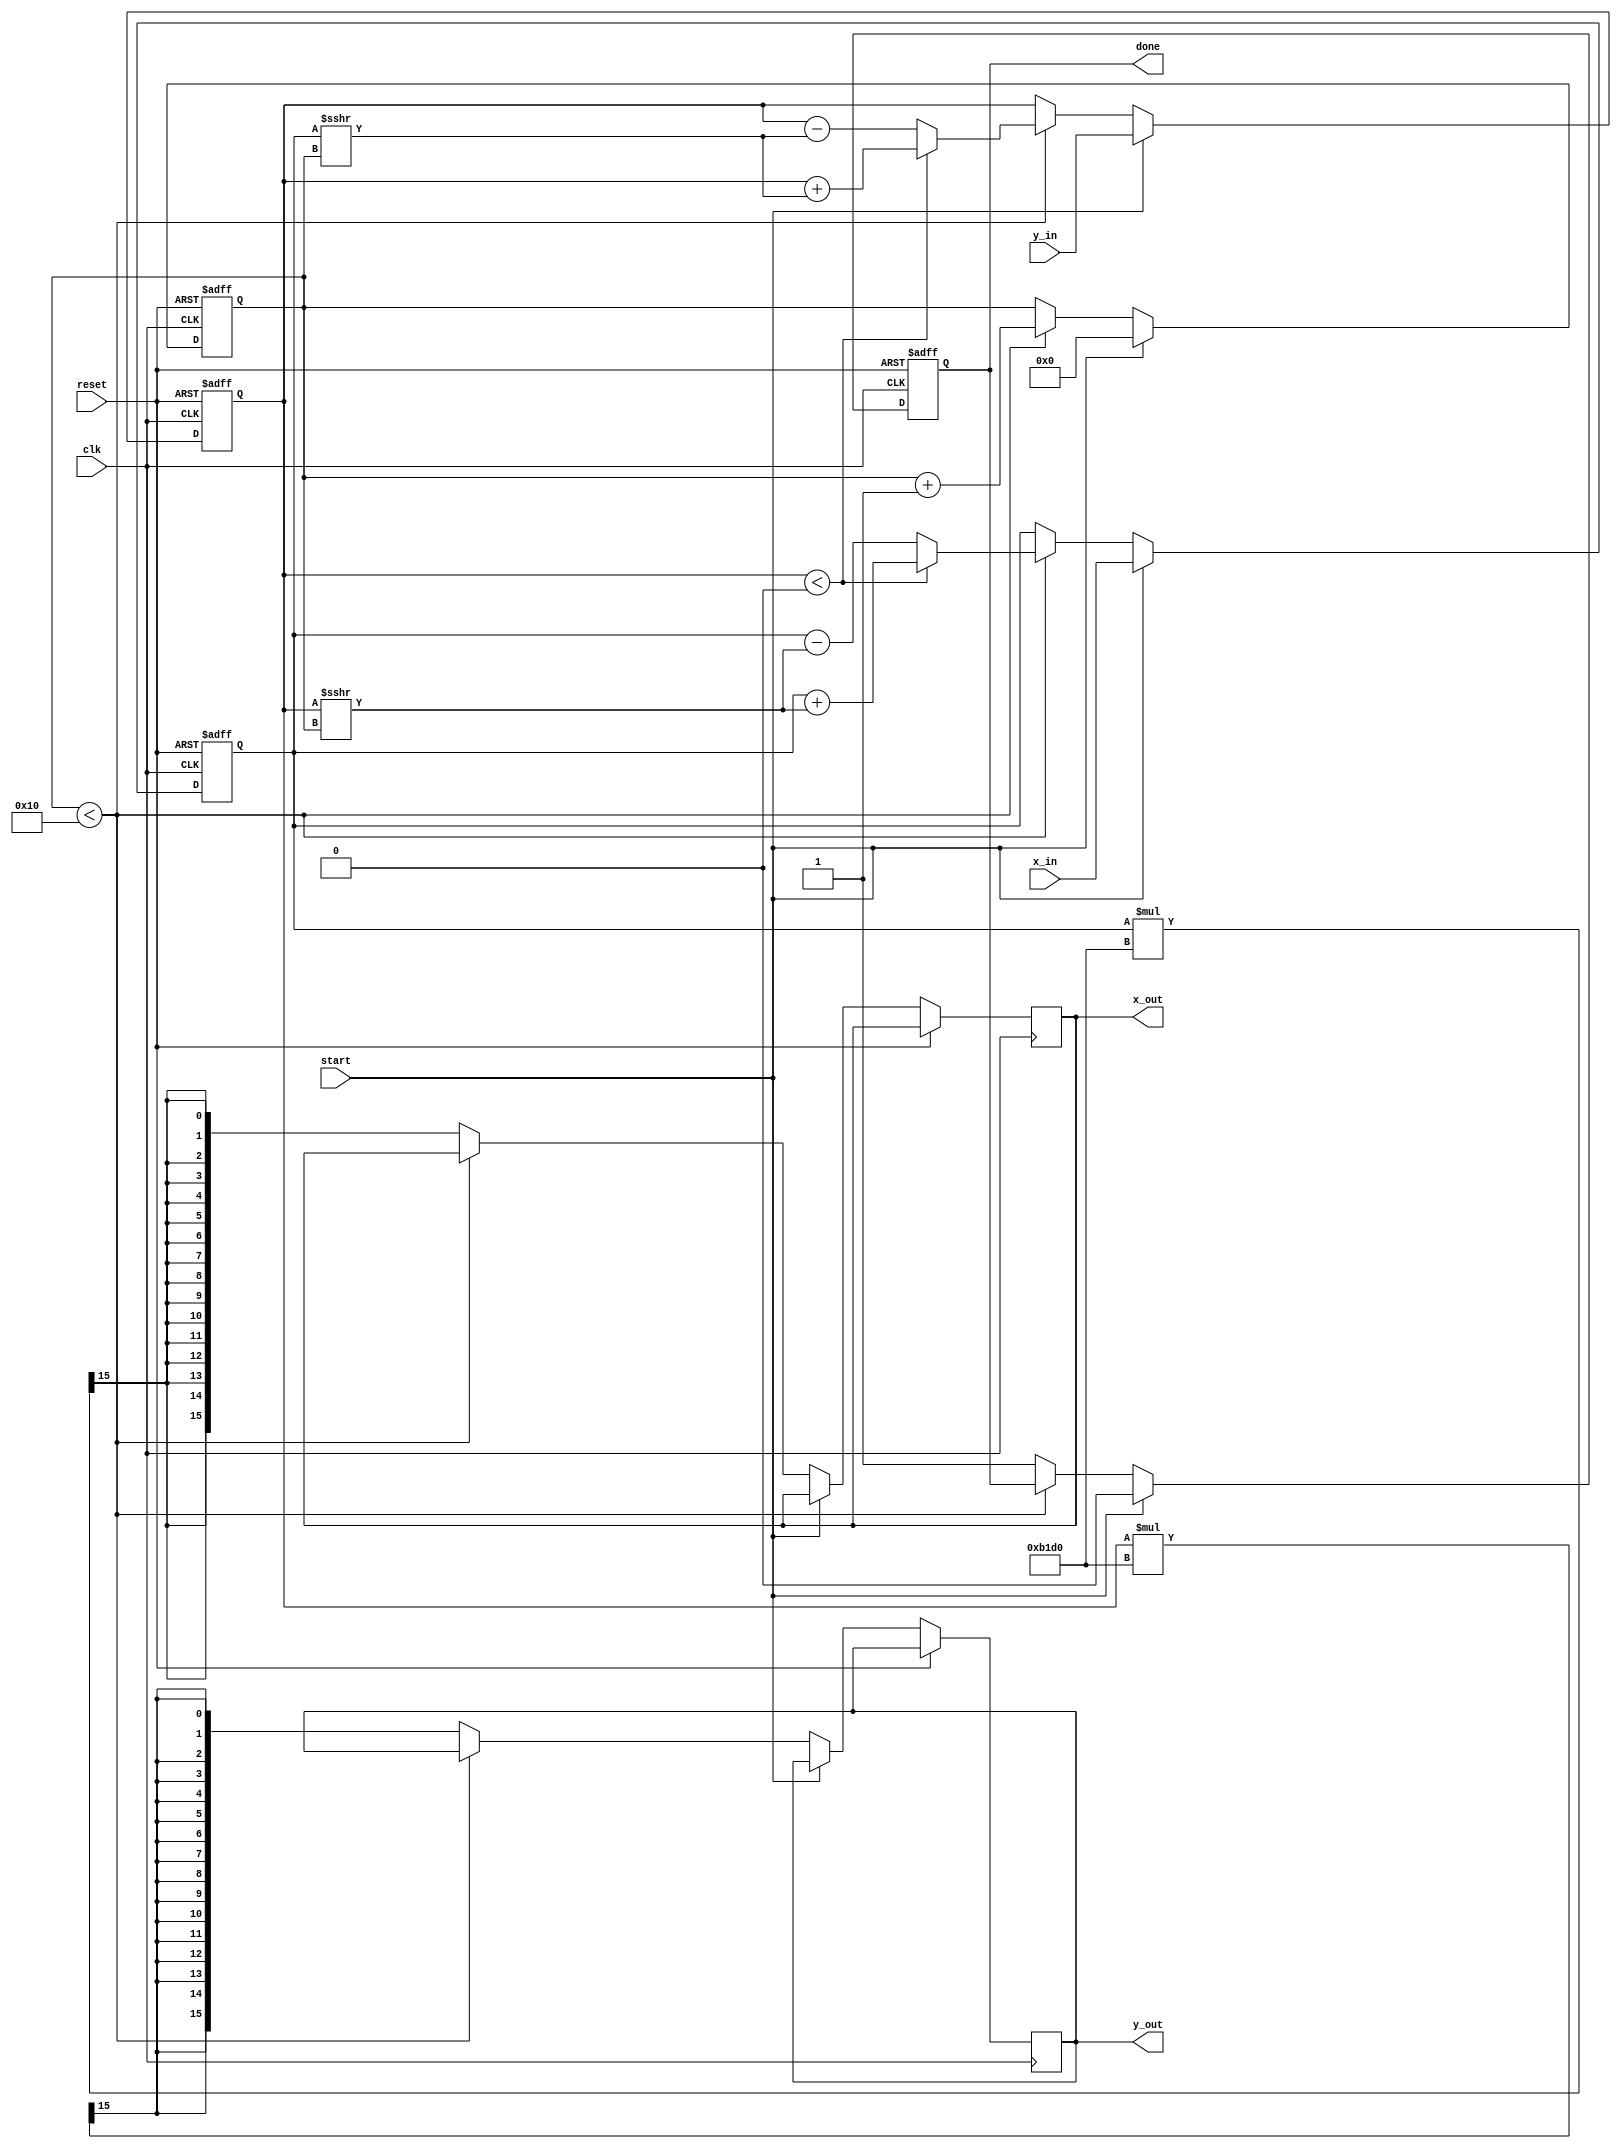
module vectoring_cordic #(
    parameter DATA_WIDTH = 16,  // Configurable data width
    parameter ITERATIONS = 16    // Number of iterations for precision
)(
    input wire clk,
    input wire reset,
    input wire start,
    input wire signed [DATA_WIDTH-1:0] x_in,   // Input X coordinate
    input wire signed [DATA_WIDTH-1:0] y_in,   // Input Y coordinate
    output reg signed [DATA_WIDTH-1:0] x_out,  // Output X coordinate
    output reg signed [DATA_WIDTH-1:0] y_out,  // Output Y coordinate
    output reg done                     // Done signal
);

    // CORDIC gain factor (scaling factor)
    localparam signed [DATA_WIDTH-1:0] CORDIC_GAIN = 16'hB1D0; // 0.6072 in 16-bit fixed point

    // Internal signals
    reg signed [DATA_WIDTH-1:0] x;
    reg signed [DATA_WIDTH-1:0] y;
    reg signed [DATA_WIDTH-1:0] angle_acc;
    reg [4:0] iteration; // 5 bits for up to 31 iterations
    reg [DATA_WIDTH-1:0] atan_table [0:ITERATIONS-1]; // Lookup table for arctan values

    // Initialize arctan lookup table
    initial begin
        atan_table[0] = 16'h2000; // 0.5 in fixed point
        atan_table[1] = 16'h1000; // 0.25
        atan_table[2] = 16'h0800; // 0.125
        atan_table[3] = 16'h0400; // 0.0625
        atan_table[4] = 16'h0200; // 0.03125
        atan_table[5] = 16'h0100; // 0.015625
        atan_table[6] = 16'h0080; // 0.0078125
        atan_table[7] = 16'h0040; // 0.00390625
        atan_table[8] = 16'h0020; // 0.001953125
        atan_table[9] = 16'h0010; // 0.0009765625
        atan_table[10] = 16'h0008; // 0.00048828125
        atan_table[11] = 16'h0004; // 0.000244140625
        atan_table[12] = 16'h0002; // 0.0001220703125
        atan_table[13] = 16'h0001; // 0.00006103515625
        atan_table[14] = 16'h0000; // 0
        atan_table[15] = 16'h0000; // 0
    end

    // State Machine for CORDIC operation
    always @(posedge clk or posedge reset) begin
        if (reset) begin
            x <= 0;
            y <= 0;
            angle_acc <= 0;
            iteration <= 0;
            done <= 0;
        end else begin
            if (start) begin
                // Initialize inputs
                x <= x_in;
                y <= y_in;
                angle_acc <= 0;
                iteration <= 0;
                done <= 0;
            end else if (iteration < ITERATIONS) begin
                // CORDIC rotation logic
                if (y < 0) begin
                    // Rotate clockwise
                    x <= x + (y >>> iteration);
                    y <= y + (x >>> iteration);
                    angle_acc <= angle_acc - atan_table[iteration];
                end else begin
                    // Rotate counterclockwise
                    x <= x - (y >>> iteration);
                    y <= y - (x >>> iteration);
                    angle_acc <= angle_acc + atan_table[iteration];
                end
                
                // Increment iteration count
                iteration <= iteration + 1;
            end else begin
                // Final output and done signal
                x_out <= x * CORDIC_GAIN >>> (DATA_WIDTH - 1); // Adjust by gain factor
                y_out <= y * CORDIC_GAIN >>> (DATA_WIDTH - 1); // Adjust by gain factor
                done <= 1;
            end
        end
    end

endmodule